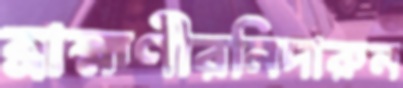
ব্রাহ্মণীরনিদারুন